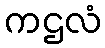
ကဌလံ